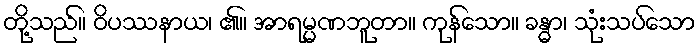
တို့သည်။ ဝိပဿနာယ၊ ၏။ အာရမ္မဏဘူတာ။ ကုန်သော။ ခန္ဓာ၊ သုံးသပ်သော